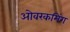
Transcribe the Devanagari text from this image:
ओवरकमिंग